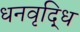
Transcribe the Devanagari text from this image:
धनवृद्धि